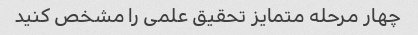
چهار مرحله متمایز تحقیق علمی را مشخص کنید